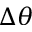
\Delta \theta